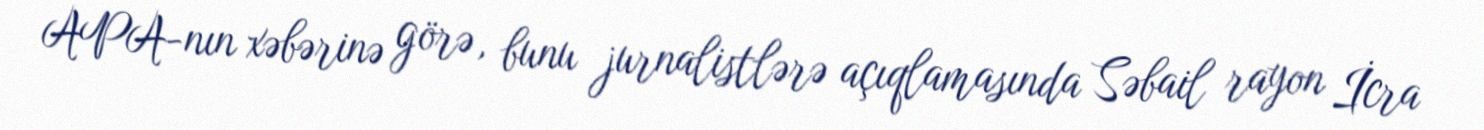
APA-nın xəbərinə görə, bunu jurnalistlərə açıqlamasında Səbail rayon İcra